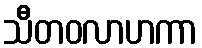
သီတဝလာဟကာ